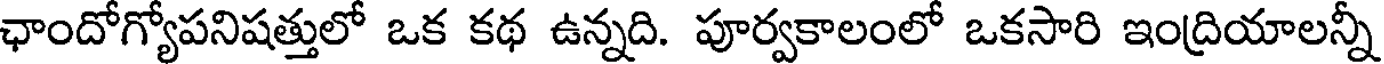
ఛాందోగ్యోపనిషత్తులో ఒక కథ ఉన్నది. పూర్వకాలంలో ఒకసారి ఇంద్రియాలన్నీ